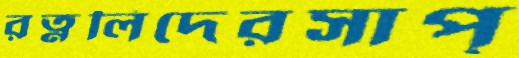
রত্নলিদেরসাপ্‌